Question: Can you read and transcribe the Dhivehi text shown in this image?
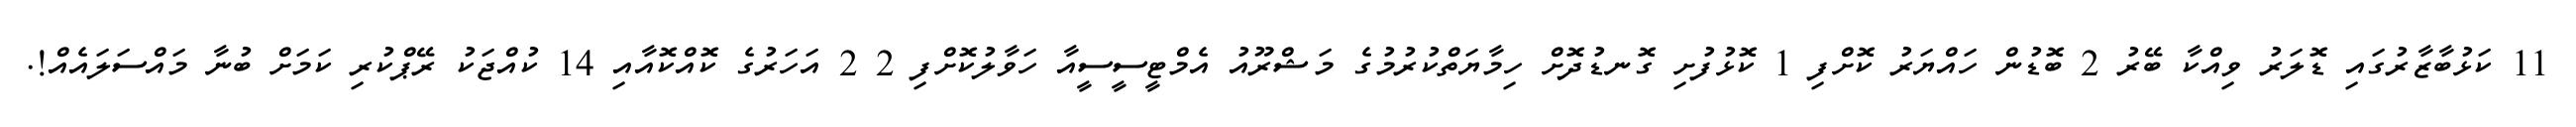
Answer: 11 ކަޅުބާޒާރުގައި ޑޮލަރު ވިއްކާ ބޭރު 2 ބޮޑުން ހައްޔަރު ކޮށްފި 1 ކޮޅުފުށި ގޮނޑުދޮށް ހިމާޔަތްކުރުމުގެ މަޝްރޫއު އެމްޓީސީސީއާ ހަވާލުކޮށްފި 2 2 އަހަރުގެ ކޮއްކޮއާއި 14 ކުއްޖަކު ރޭޕްކުރި ކަމަށް ބުނާ މައްސަލައެއް!.